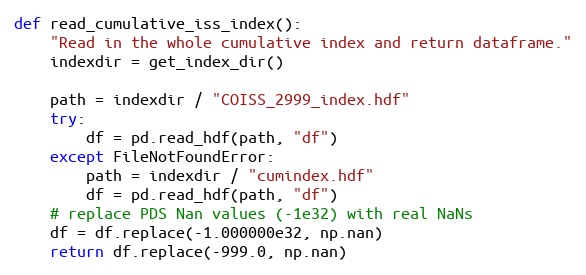
Language: Python
def read_cumulative_iss_index():
    "Read in the whole cumulative index and return dataframe."
    indexdir = get_index_dir()

    path = indexdir / "COISS_2999_index.hdf"
    try:
        df = pd.read_hdf(path, "df")
    except FileNotFoundError:
        path = indexdir / "cumindex.hdf"
        df = pd.read_hdf(path, "df")
    # replace PDS Nan values (-1e32) with real NaNs
    df = df.replace(-1.000000e32, np.nan)
    return df.replace(-999.0, np.nan)